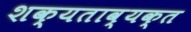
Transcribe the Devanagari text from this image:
शक्यताव्यक्त